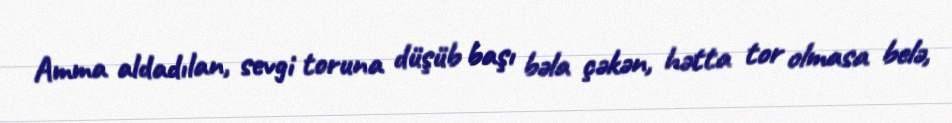
Amma aldadılan, sevgi toruna düşüb başı bəla çəkən, hətta tor olmasa belə,